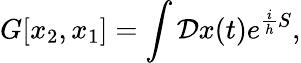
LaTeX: G[x_{2},x_{1}]=\int{\cal\mathcal{D}}x(t)e^{{\frac{{i}}{{h}}}S},